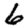
Digit: 6